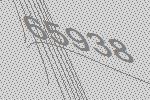
65938